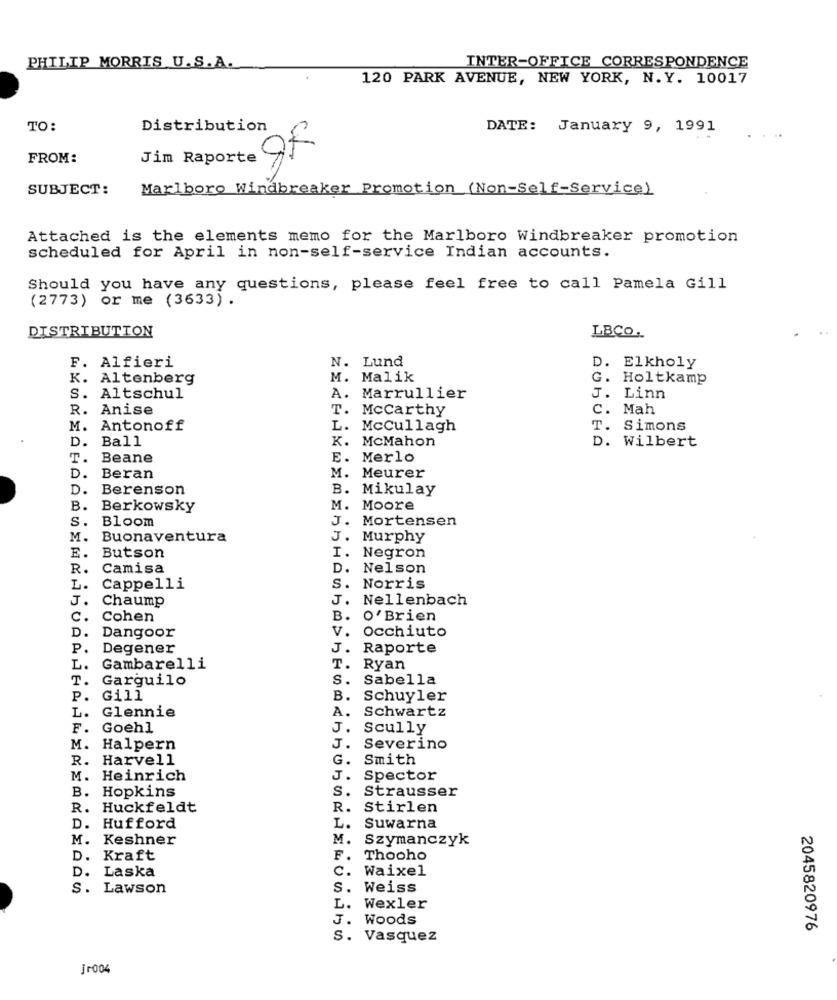
PHILIP MORRIS U.S.A.
INTER-OFFICE CORRESPONDENCE
120 PARK AVENUE, NEW YORK, N. Y. 10017
TO:
Distribution
DATE: January 9, 1991
FROM:
Jim Raporte OR
SUBJECT:
Marlboro Windbreaker Promotion (Non-Self-Service)
Attached is the elements memo for the Marlboro Windbreaker promotion
scheduled for April in non-self-service Indian accounts.
Should you have any questions, please feel free to call Pamela Gill
(2773) or me (3633) .
DISTRIBUTION
LBCO.
F. Alfieri
N. Lund
D. Elkholy
K. Altenberg
M. Malik
G. Holtkamp
S. Altschul
A. Marrullier
J. Linn
R. Anise
T. Mccarthy
C. Mah
M. Antonoff
L. McCullagh
T. Simons
D.
Ball
K. McMahon
D. Wilbert
OURUFO
T.
Beane
E. Merlo
D .
Beran
M. Meurer
D.
Berenson
B. Mikulay
B.
Berkowsky
Moore
S.
Bloom
J. Mortensen
M.
Buonaventura
J. Murphy
E.
Butson
I. Negron
R.
Camisa
D. Nelson
L.
Cappelli
S. Norris
J.
Chaump
J.
Nellenbach
C.
Cohen
B.
o'Brien
D.
V.
Occhiuto
Dangoor
P.
Degener
J.
Raporte
L.
Gambarelli
T.
Ryan
T.
Garguilo
S.
Sabella
P.
Gill
B.
Schuyler
Glennie
A.
Schwartz
L.
F.
Goehl
J.
Scully
Halpern
J.
Severino
R. Harvell
G.
Smith
M. Heinrich
J.
Spector
B. Hopkins
S.
Strausser
R. Huckfeldt
R.
Stirlen
D. Hufford
L.
Suwarna
M. Keshner
M.
Szymanczyk
D.
Kraft
F.
Thooho
c.
Waixel
D. Laska
s. Lawson
s.
Weiss
L.
Wexler
J.
Woods
2045820976
S.
Vasquez
jr004